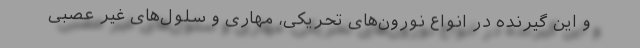
و این گیرنده در انواع نورون‌های تحریکی، مهاری و سلول‌های غیر عصبی